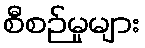
စီစဉ်မှုများ